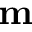
\mathbf { m }